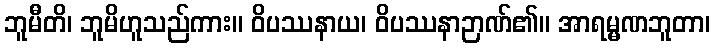
ဘူမီတိ၊ ဘူမိဟူသည်ကား။ ဝိပဿနာယ၊ ဝိပဿနာဉာဏ်၏။ အာရမ္မဏဘူတာ၊